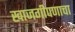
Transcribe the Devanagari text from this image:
खाजगीपणाचा